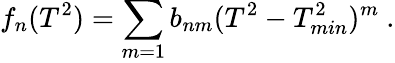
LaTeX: f_{n}(T^{2})=\sum_{m=1}b_{nm}(T^{2}-T_{min}^{2})^{m}\ .